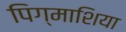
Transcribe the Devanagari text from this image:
पिग्माशिया